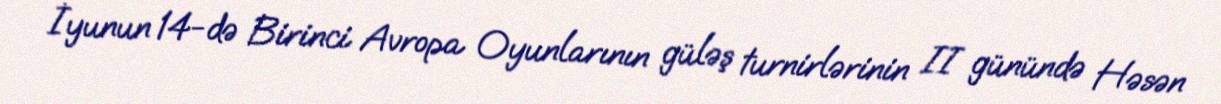
İyunun 14-də Birinci Avropa Oyunlarının güləş turnirlərinin II günündə Həsən